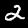
Label: 2